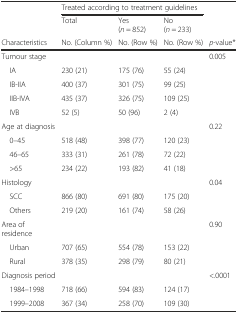
<table><thead><tr><td></td><td colspan="3"><b>Treated according to treatment guidelines</b></td><td></td></tr><tr><td></td><td><b>Total</b></td><td><b>Yes (<i>n</i> = 852)</b></td><td><b>No (<i>n</i> = 233)</b></td><td></td></tr><tr><td><b>Characteristics</b></td><td><b>No. (Column %)</b></td><td><b>No. (Row %)</b></td><td><b>No. (Row %)</b></td><td><b><i>p</i>-value*</b></td></tr></thead><tbody><tr><td>Tumour stage</td><td></td><td></td><td></td><td>0.005</td></tr><tr><td> IA</td><td>230 (21)</td><td>175 (76)</td><td>55 (24)</td><td></td></tr><tr><td> IB-IIA</td><td>400 (37)</td><td>301 (75)</td><td>99 (25)</td><td></td></tr><tr><td> IIB-IVA</td><td>435 (37)</td><td>326 (75)</td><td>109 (25)</td><td></td></tr><tr><td> IVB</td><td>52 (5)</td><td>50 (96)</td><td>2 (4)</td><td></td></tr><tr><td>Age at diagnosis</td><td></td><td></td><td></td><td>0.22</td></tr><tr><td> 0–45</td><td>518 (48)</td><td>398 (77)</td><td>120 (23)</td><td></td></tr><tr><td> 46–65</td><td>333 (31)</td><td>261 (78)</td><td>72 (22)</td><td></td></tr><tr><td> &gt;65</td><td>234 (22)</td><td>193 (82)</td><td>41 (18)</td><td></td></tr><tr><td>Histology</td><td></td><td></td><td></td><td>0.04</td></tr><tr><td> SCC</td><td>866 (80)</td><td>691 (80)</td><td>175 (20)</td><td></td></tr><tr><td> Others</td><td>219 (20)</td><td>161 (74)</td><td>58 (26)</td><td></td></tr><tr><td>Area of residence</td><td></td><td></td><td></td><td>0.90</td></tr><tr><td> Urban</td><td>707 (65)</td><td>554 (78)</td><td>153 (22)</td><td></td></tr><tr><td> Rural</td><td>378 (35)</td><td>298 (79)</td><td>80 (21)</td><td></td></tr><tr><td>Diagnosis period</td><td></td><td></td><td></td><td>&lt;.0001</td></tr><tr><td> 1984–1998</td><td>718 (66)</td><td>594 (83)</td><td>124 (17)</td><td></td></tr><tr><td> 1999–2008</td><td>367 (34)</td><td>258 (70)</td><td>109 (30)</td><td></td></tr></tbody></table>